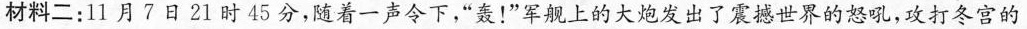
材料二：11月7日21时45分，随着一声令下，”轰！”军舰上的大炮发出了震撼世界的怒吼，攻打冬宫的